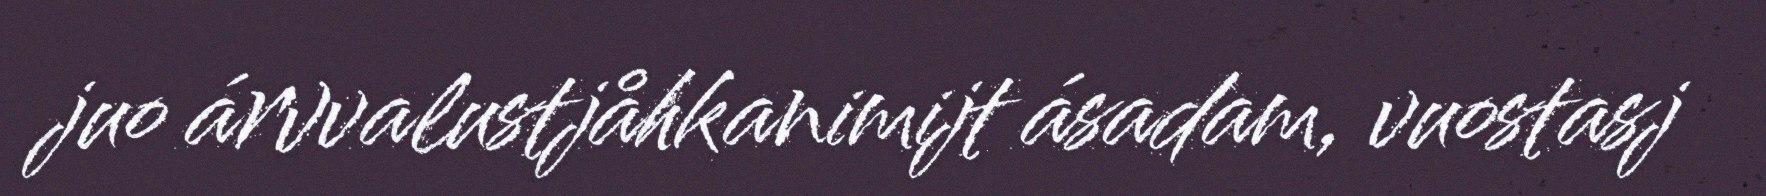
juo árvvalustjåhkanimijt ásadam, vuostasj